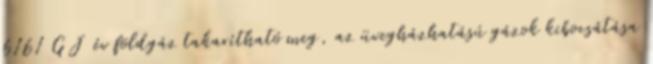
6161 GJ év földgáz takarítható meg, az üvegházhatású gázok kibocsátása